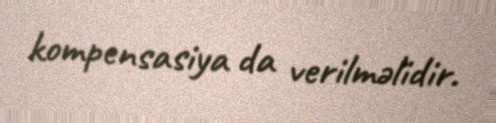
kompensasiya da verilməlidir.